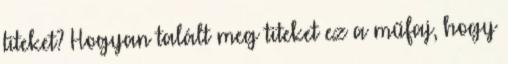
titeket? Hogyan talált meg titeket ez a műfaj, hogy